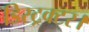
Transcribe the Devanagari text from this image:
डिस्ट्रक्टर।